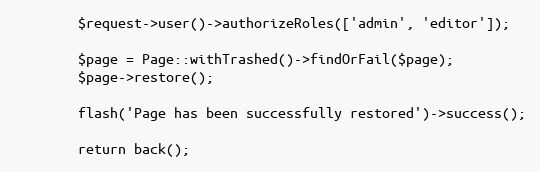
Language: PHP
        $request->user()->authorizeRoles(['admin', 'editor']);

        $page = Page::withTrashed()->findOrFail($page);
        $page->restore();

        flash('Page has been successfully restored')->success();

        return back();